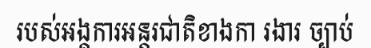
របស់អង្គការអន្តរជាតិខាងកា រងារ ច្បាប់